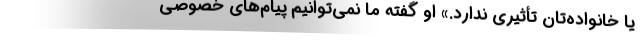
یا خانواده‌تان تأثیری ندارد.» او گفته ما نمی‌توانیم پیام‌های خصوصی